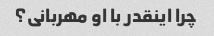
چرا اینقدر با او مهربانی؟